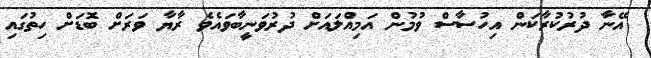
އޭނާ ދުރުކުރާކަން އިހުސާސް ވުމުން އަމިއްލައަށް ދުރުވަނީބާވައެވެ ރާޔާ ވަރަށް ބޮޑަށް ހިތުގައި